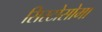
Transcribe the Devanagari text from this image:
सिस्टोसोमा